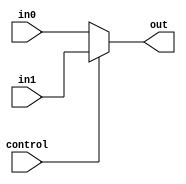
module Mux_SrcRead(
    input wire [4:0] in0,
    input wire  [4:0] in1,
    input wire control,
    output wire [4:0] out
    );

    assign out = (control == 1'b0) ? in0:
                 in1;
                 
endmodule